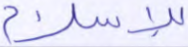
للإسلام